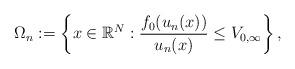
LaTeX: \begin{align*}\Omega_n:= \left\{x\in \mathbb{R}^N: \dfrac{f_0(u_n(x))}{u_n(x)} \leq V_{0,\infty}\right\},\end{align*}